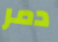
دمر